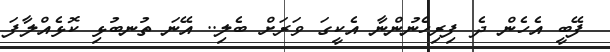
ފޭބީ އެހެން ދެ ފިރިހެނުންނާ އެކީގަ ވަރަށް ބެލި.. އޭނަ ތުނބުޅި ކޮޅެއްލާފަ